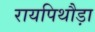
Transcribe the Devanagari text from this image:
रायपिथौड़ा